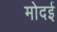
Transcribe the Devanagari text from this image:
मोदई